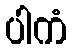
ပါကံ